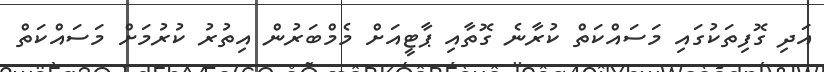
އަދި ގޮފިތަަކުގައި މަސައްކަތް ކުރާނެ ގޮތާއި ޕާޓީއަށް މެމްބަރުން އިތުރު ކުރުމަށް މަސައްކަތް